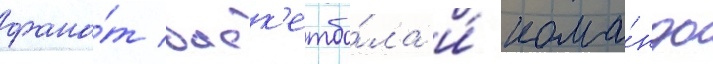
фана́т баск'етбо́ла и́ кома́нды